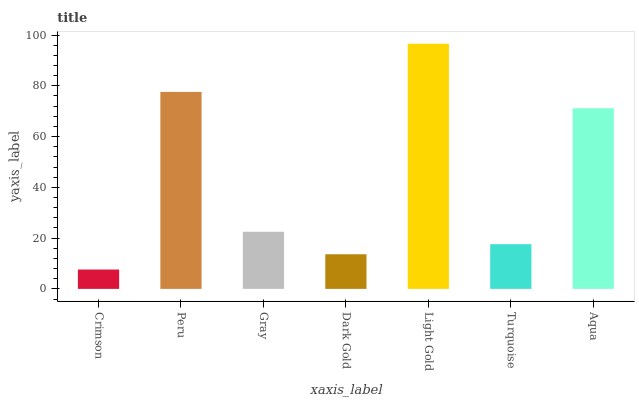
| xaxis_label | bars |
 | --- | --- |
 | Crimson | 7.63 |
 | Peru | 77.6 |
 | Gray | 22.5 |
 | Dark Gold | 13.6 |
 | Light Gold | 96.6 |
 | Turquoise | 17.6 |
 | Aqua | 71.2 |